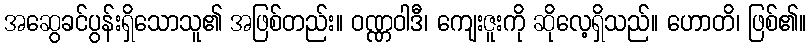
အဆွေခင်ပွန်းရှိသောသူ၏ အဖြစ်တည်း။ ဝဏ္ဏဝါဒီ၊ ကျေးဇူးကို ဆိုလေ့ရှိသည်။ ဟောတိ၊ ဖြစ်၏။